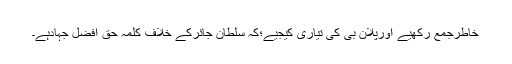
خاطرجمع رکھیے اورپلان بی کی تیاری کیجیے؛کہ سلطان جائرکے خلاف کلمہ حق افضل جہادہے۔